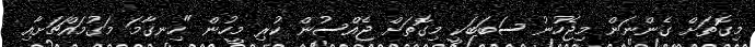
މިގޮތަށް ގެންނަން މިޖެހުނު ސަބަބަކީ މިގޮތަށް ޖެއްސުން ކުރި މީހުން "ހިނގާމަ މަގުމައްޗަށާއި